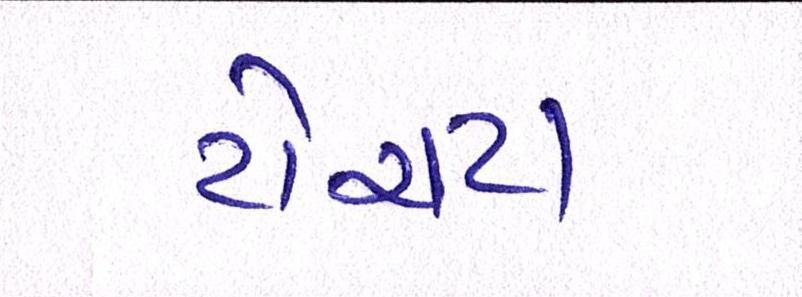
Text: ટોયટા